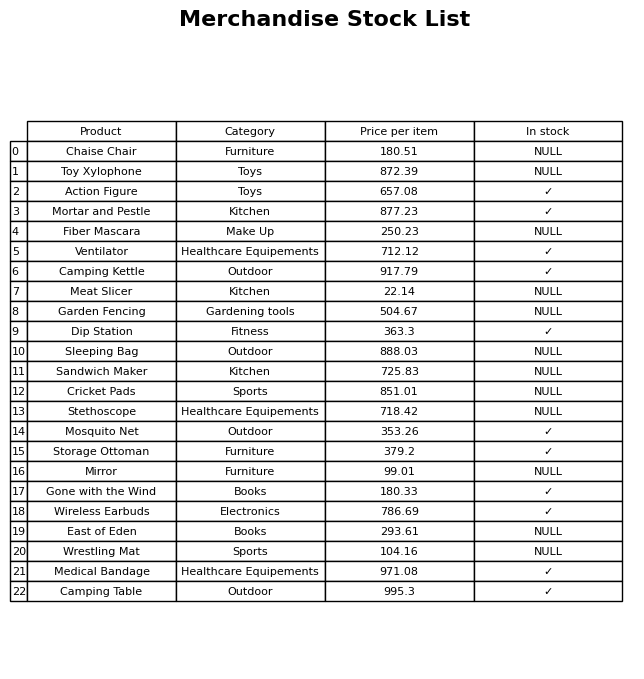
question: What is the price of the Action Figure?
answer: The price of Action Figure is 657.08.